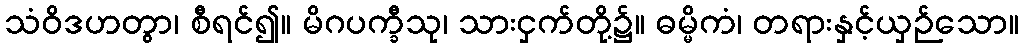
သံဝိဒဟတွာ၊ စီရင်၍။ မိဂပက္ခီသု၊ သားငှက်တို့၌။ ဓမ္မိကံ၊ တရားနှင့်ယှဉ်သော။